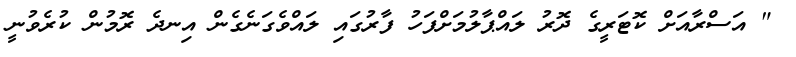
" އަސްރާއަށް ކޮޓަރީގެ ދޮރު ލައްޕާލުމަށްފަހު ފާރުގައި ލައްވެގަނެގެން އިނދެ ރޮމުން ކުރެވުނީ